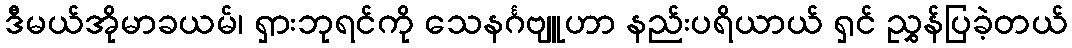
ဒီမယ်အိုမာခယမ်၊ ရှားဘုရင်ကို သေနင်္ဂဗျူဟာ နည်းပရိယာယ် ရှင် ညွှန်ပြခဲ့တယ်